Leaving Certificate Examination, 1910
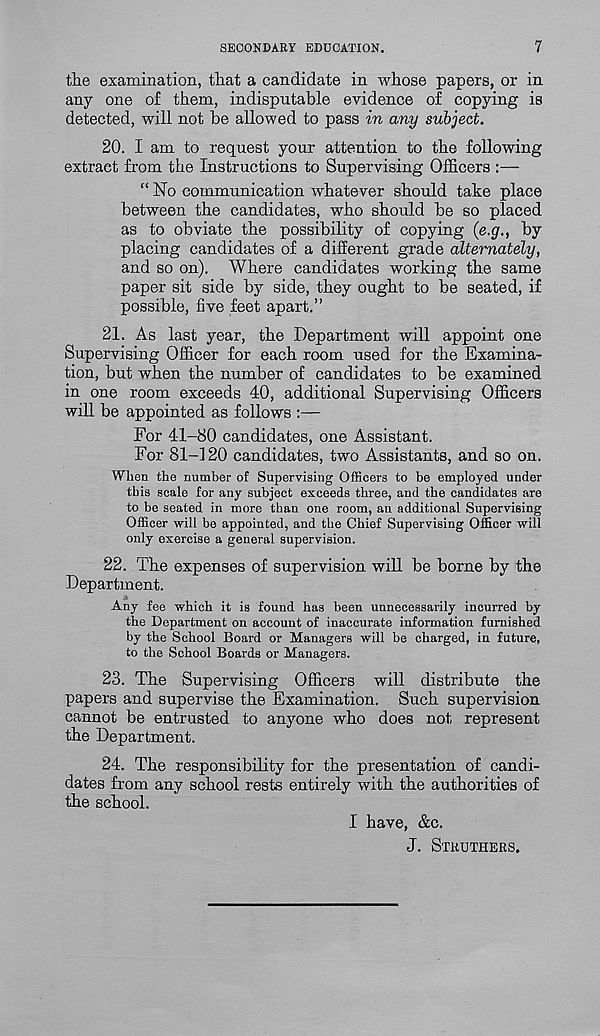
SECONDARY EDUCATION.
7
the examination, that a candidate in whose papers, or in
any one of them, indisputable evidence of copying is
detected, will not he allowed to pass in any subject.
20. I am to request your attention to the following
extract from the Instructions to Supervising Officers :—
“No communication whatever should take place
between the candidates, who shoidd be so placed
as to obviate the possibility of copying (e.g., by
placing candidates of a different grade alternately,
and so on). Where candidates working the same
paper sit side by side, they ought to be seated, if
possible, five feet apart.”
21. As last year, the Department will appoint one
Supervising Officer for each room used for the Examina-
tion, but when the number of candidates to be examined
in one room exceeds 40, additional Supervising Officers
will be appointed as follows :—
For 41-80 candidates, one Assistant.
For 81-120 candidates, two Assistants, and so on.
When the number of Supervising Officers to be employed under
this scale for any subject exceeds three, and the candidates are
to be seated in more than one room, an additional Supervising
Officer will be appointed, and the Chief Supervising Officer will
only exercise a general supervision.
22. The expenses of supervision will be borne by the
Department.
Any fee which it is found has been unnecessarily incurred by
the Department on account of inaccurate information furnished
by the School Board or Managers will be charged, in future,
to the School Boards or Managers.
23. The Supervising Officers will distribute the
papers and supervise the Examination. Such supervision
cannot be entrusted to anyone who does not represent
the Department.
24. The responsibility for the presentation of candi-
dates from any school rests entirely with the authorities of
the school.
I have, &c.
J. STKUTHERS.